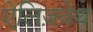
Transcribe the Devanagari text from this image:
ऐलिज़वेथ